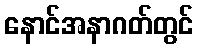
နောင်အနာဂတ်တွင်